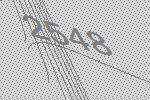
2548